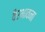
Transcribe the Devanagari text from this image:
वैरभावना